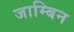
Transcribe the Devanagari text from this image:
जाम्बिन